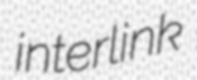
interlink